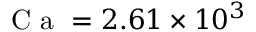
\textrm { C a } = 2 . 6 1 \times 1 0 ^ { 3 }